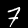
Digit: 7